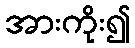
အားကိုး၍